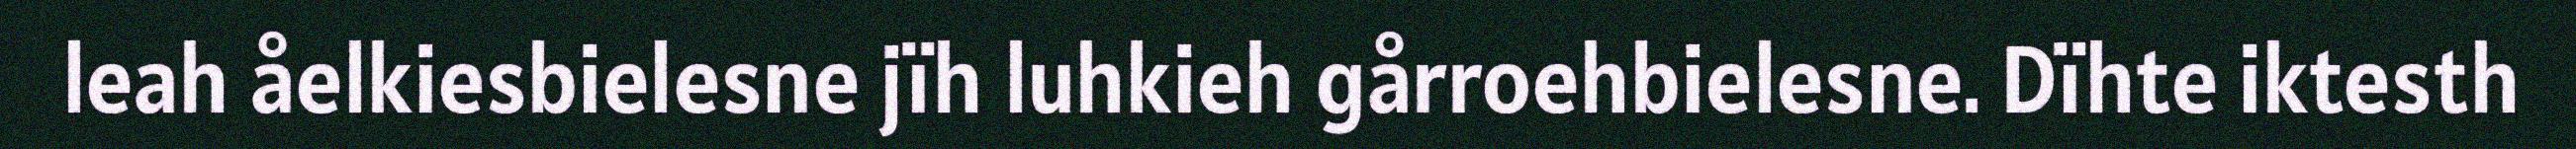
leah åelkiesbielesne jïh luhkieh gårroehbielesne. Dïhte iktesth